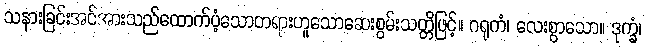
သနားခြင်းအင်အားသည်ထောက်ပံ့သောတရားဟူသောဆေးစွမ်းသတ္တိဖြင့်။ ဂရုကံ၊ လေးစွာသော။ ဒုက္ခံ၊